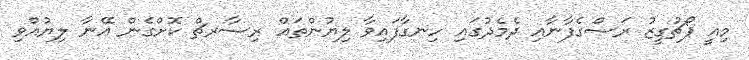
މިއީ ޕޯޗުގީޒު ރަސްގެފާނާއި ދެމެދުގައި ހިނގާފައިވާ ލިޔުންތައް ރިސާރޗް ކޮށްގެން އޭނާ ލިޔުއްވި